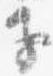
子